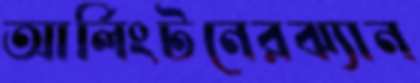
আর্লিংটনেরঝ্যান